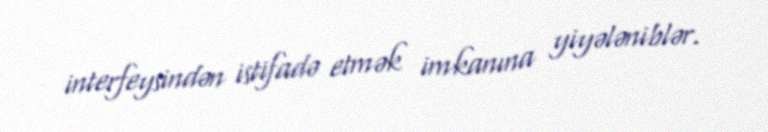
interfeysindən istifadə etmək imkanına yiyələniblər.